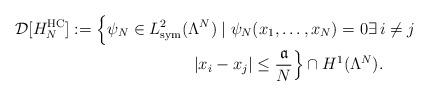
LaTeX: \begin{align*} \mathcal{D}[H_N^\mathrm{HC}]:=\;& \Big\{ \psi_N \in L^2_\mathrm{sym}(\Lambda^N)\;|\; \psi_N(x_1,\dots,x_N)=0 \exists\, i\ne j\\&\qquad\qquad\qquad |x_i-x_j| \le \frac{\mathfrak{a}}{N} \Big\}\cap H^1(\Lambda^N).\end{align*}